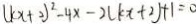
( k x + 2 ) ^ { 2 } - 4 x - 2 ( k x + 2 ) + 1 = 0